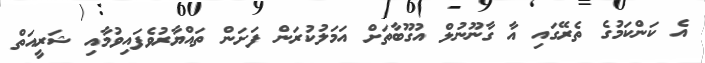
އެ ކަންކަމުގެ ތެރޭގައި އާ ގާނޫނުލް އުގޫބާތަށް އަމަލުކުރަން ފަށަން ތައްޔާރުވެފައިވުމާއި ޝަރީއަތް